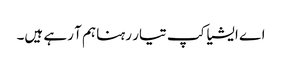
اے ایشیا کپ تیار رہنا ہم آ رہے ہیں۔